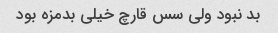
بد نبود ولی سس قارچ خیلی بدمزه بود